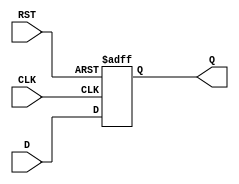
module FlipFlopRegister #(
    parameter WIDTH = 8  // Parameter to define the width of the register
) (
    input wire [WIDTH-1:0] D,    // Data input
    input wire CLK,               // Clock input
    input wire RST,               // Reset input
    output reg [WIDTH-1:0] Q      // Data output
);

    // Always block triggered on the rising edge of the clock or the reset signal
    always @(posedge CLK or posedge RST) begin
        if (RST) begin
            Q <= {WIDTH{1'b0}};    // Asynchronous reset: set output to 0
        end else begin
            Q <= D;                // Capture data input on clock edge
        end
    end

endmodule